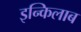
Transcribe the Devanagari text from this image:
इन्किलाब